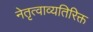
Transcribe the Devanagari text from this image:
नेतृत्वाव्यतिरिक्त